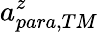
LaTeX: a_{para,TM}^{z}